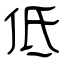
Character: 低